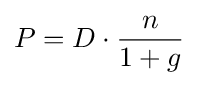
P=D\cdot {\frac {n}{1+g}}